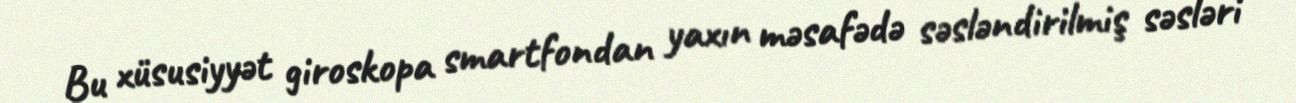
Bu xüsusiyyət giroskopa smartfondan yaxın məsafədə səsləndirilmiş səsləri